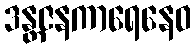
ဒန္တဇနကာရေနေဝ